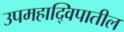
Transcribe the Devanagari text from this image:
उपमहाद्विपातील